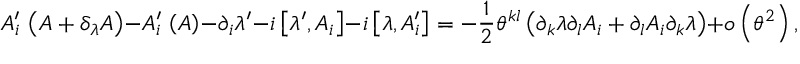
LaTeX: A _ { i } ^ { \prime } \, \left( A + \delta _ { \lambda } A \right) - A _ { i } ^ { \prime } \, \left( A \right) - \partial _ { i } \lambda ^ { \prime } - i \left[ \lambda ^ { \prime } , A _ { i } \right] - i \left[ \lambda , A _ { i } ^ { \prime } \right] = - \frac { 1 } { 2 } \theta ^ { k l } \left( \partial _ { k } \lambda \partial _ { l } A _ { i } + \partial _ { l } A _ { i } \partial _ { k } \lambda \right) + o \left( \theta ^ { 2 } \right) ,